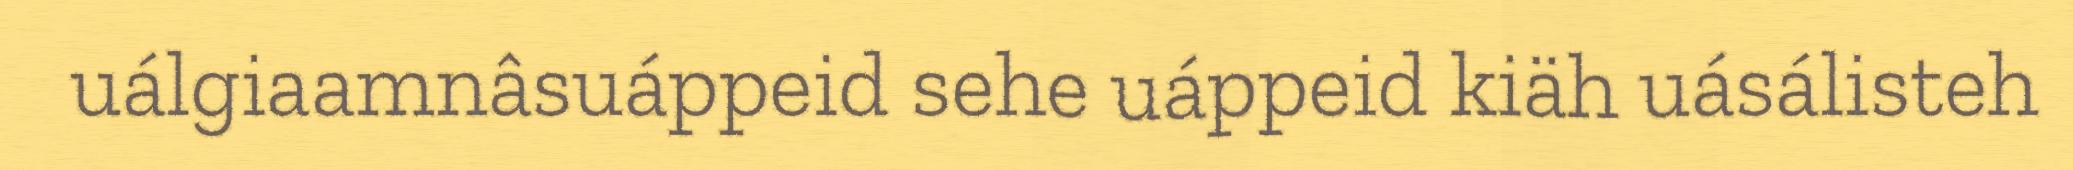
uálgiaamnâsuáppeid sehe uáppeid kiäh uásálisteh